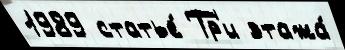
1989 статье́ Тр'и этажа́